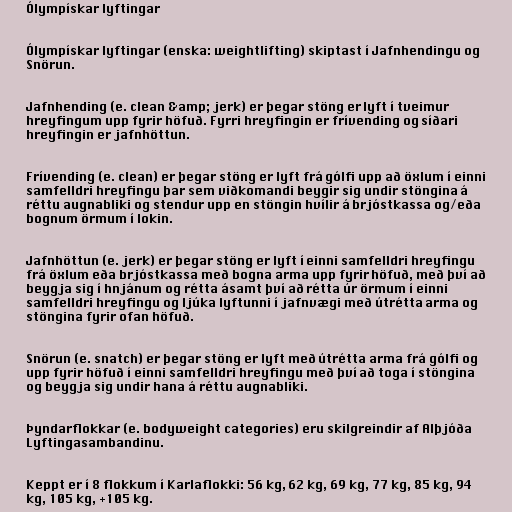
Ólympískar lyftingar

Ólympískar lyftingar (enska: weightlifting) skiptast í Jafnhendingu og
Snörun.

Jafnhending (e. clean &amp; jerk) er þegar stöng er lyft í tveimur
hreyfingum upp fyrir höfuð. Fyrri hreyfingin er frívending og síðari
hreyfingin er jafnhöttun.

Frívending (e. clean) er þegar stöng er lyft frá gólfi upp að öxlum í einni
samfelldri hreyfingu þar sem viðkomandi beygir sig undir stöngina á
réttu augnabliki og stendur upp en stöngin hvílir á brjóstkassa og/eða
bognum örmum í lokin.

Jafnhöttun (e. jerk) er þegar stöng er lyft í einni samfelldri hreyfingu
frá öxlum eða brjóstkassa með bogna arma upp fyrir höfuð, með því að
beygja sig í hnjánum og rétta ásamt því að rétta úr örmum í einni
samfelldri hreyfingu og ljúka lyftunni í jafnvægi með útrétta arma og
stöngina fyrir ofan höfuð.

Snörun (e. snatch) er þegar stöng er lyft með útrétta arma frá gólfi og
upp fyrir höfuð í einni samfelldri hreyfingu með því að toga í stöngina
og beygja sig undir hana á réttu augnabliki.

Þyndarflokkar (e. bodyweight categories) eru skilgreindir af Alþjóða
Lyftingasambandinu.

Keppt er í 8 flokkum í Karlaflokki: 56 kg, 62 kg, 69 kg, 77 kg, 85 kg, 94
kg, 105 kg, +105 kg.